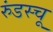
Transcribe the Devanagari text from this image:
रुंडस्चू